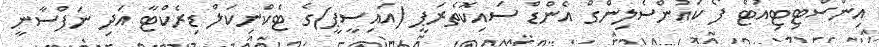
އިންސްޓިޓިއުޓް ފޯ ކައުންސެލިންގް އެންޑް ސައިކޮތެރަޕީ (އައިސީޕީ)ގެ ޓެކްނިކަލް ޑިރެކްޓާ އަދި ނަފްސާނީ